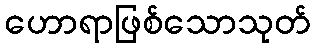
ဟောရာဖြစ်သောသုတ်